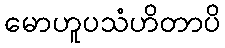
မောဟူပသံဟိတာပိ